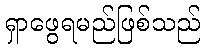
ရှာဖွေရမည်ဖြစ်သည်